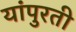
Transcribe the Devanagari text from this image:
यांपुरती